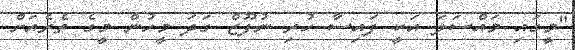
"މީގައި މައްސަލަ އަކީ ފައިސާ ހުރި ނުފޫޒް ގަދަ މީހުން މީގެ ތެރެއަށް